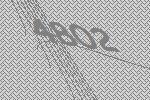
4802